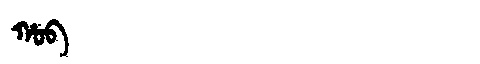
Manchu: ᡥᠣᠪ
Romanization: HOB